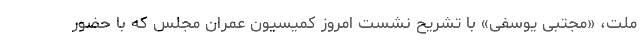
ملت، «مجتبی یوسفی» با تشریح نشست امروز کمیسیون عمران مجلس که با حضور